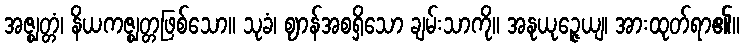
အဇ္ဈတ္တံ၊ နိယကဇ္ဈတ္တဖြစ်သော။ သုခံ၊ ဈာန်အစရှိသော ချမ်းသာကို။ အနုယုဉ္ဇေယျ၊ အားထုတ်ရာ၏။